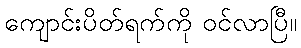
ကျောင်းပိတ်ရက်ကို ဝင်လာပြီ။